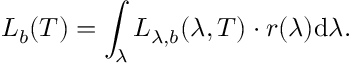
L _ { b } ( T ) = \int _ { \lambda } L _ { \lambda , b } ( \lambda , T ) \cdot r ( \lambda ) \mathrm { d } \lambda \mathrm { . }